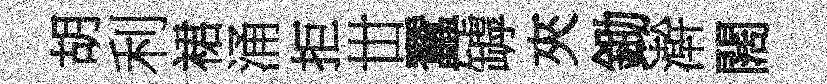
胡利裙涌拒丗蠶罅夾鋤澣闊